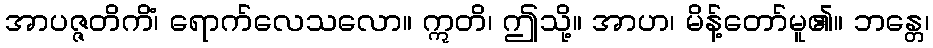
အာပဇ္ဇတိကိံ၊ ရောက်လေသလော။ ဣတိ၊ ဤသို့။ အာဟ၊ မိန့်တော်မူ၏။ ဘန္တေ၊